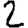
Digit: 2